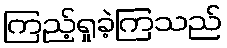
ကြည့်ရှုခဲ့ကြသည်